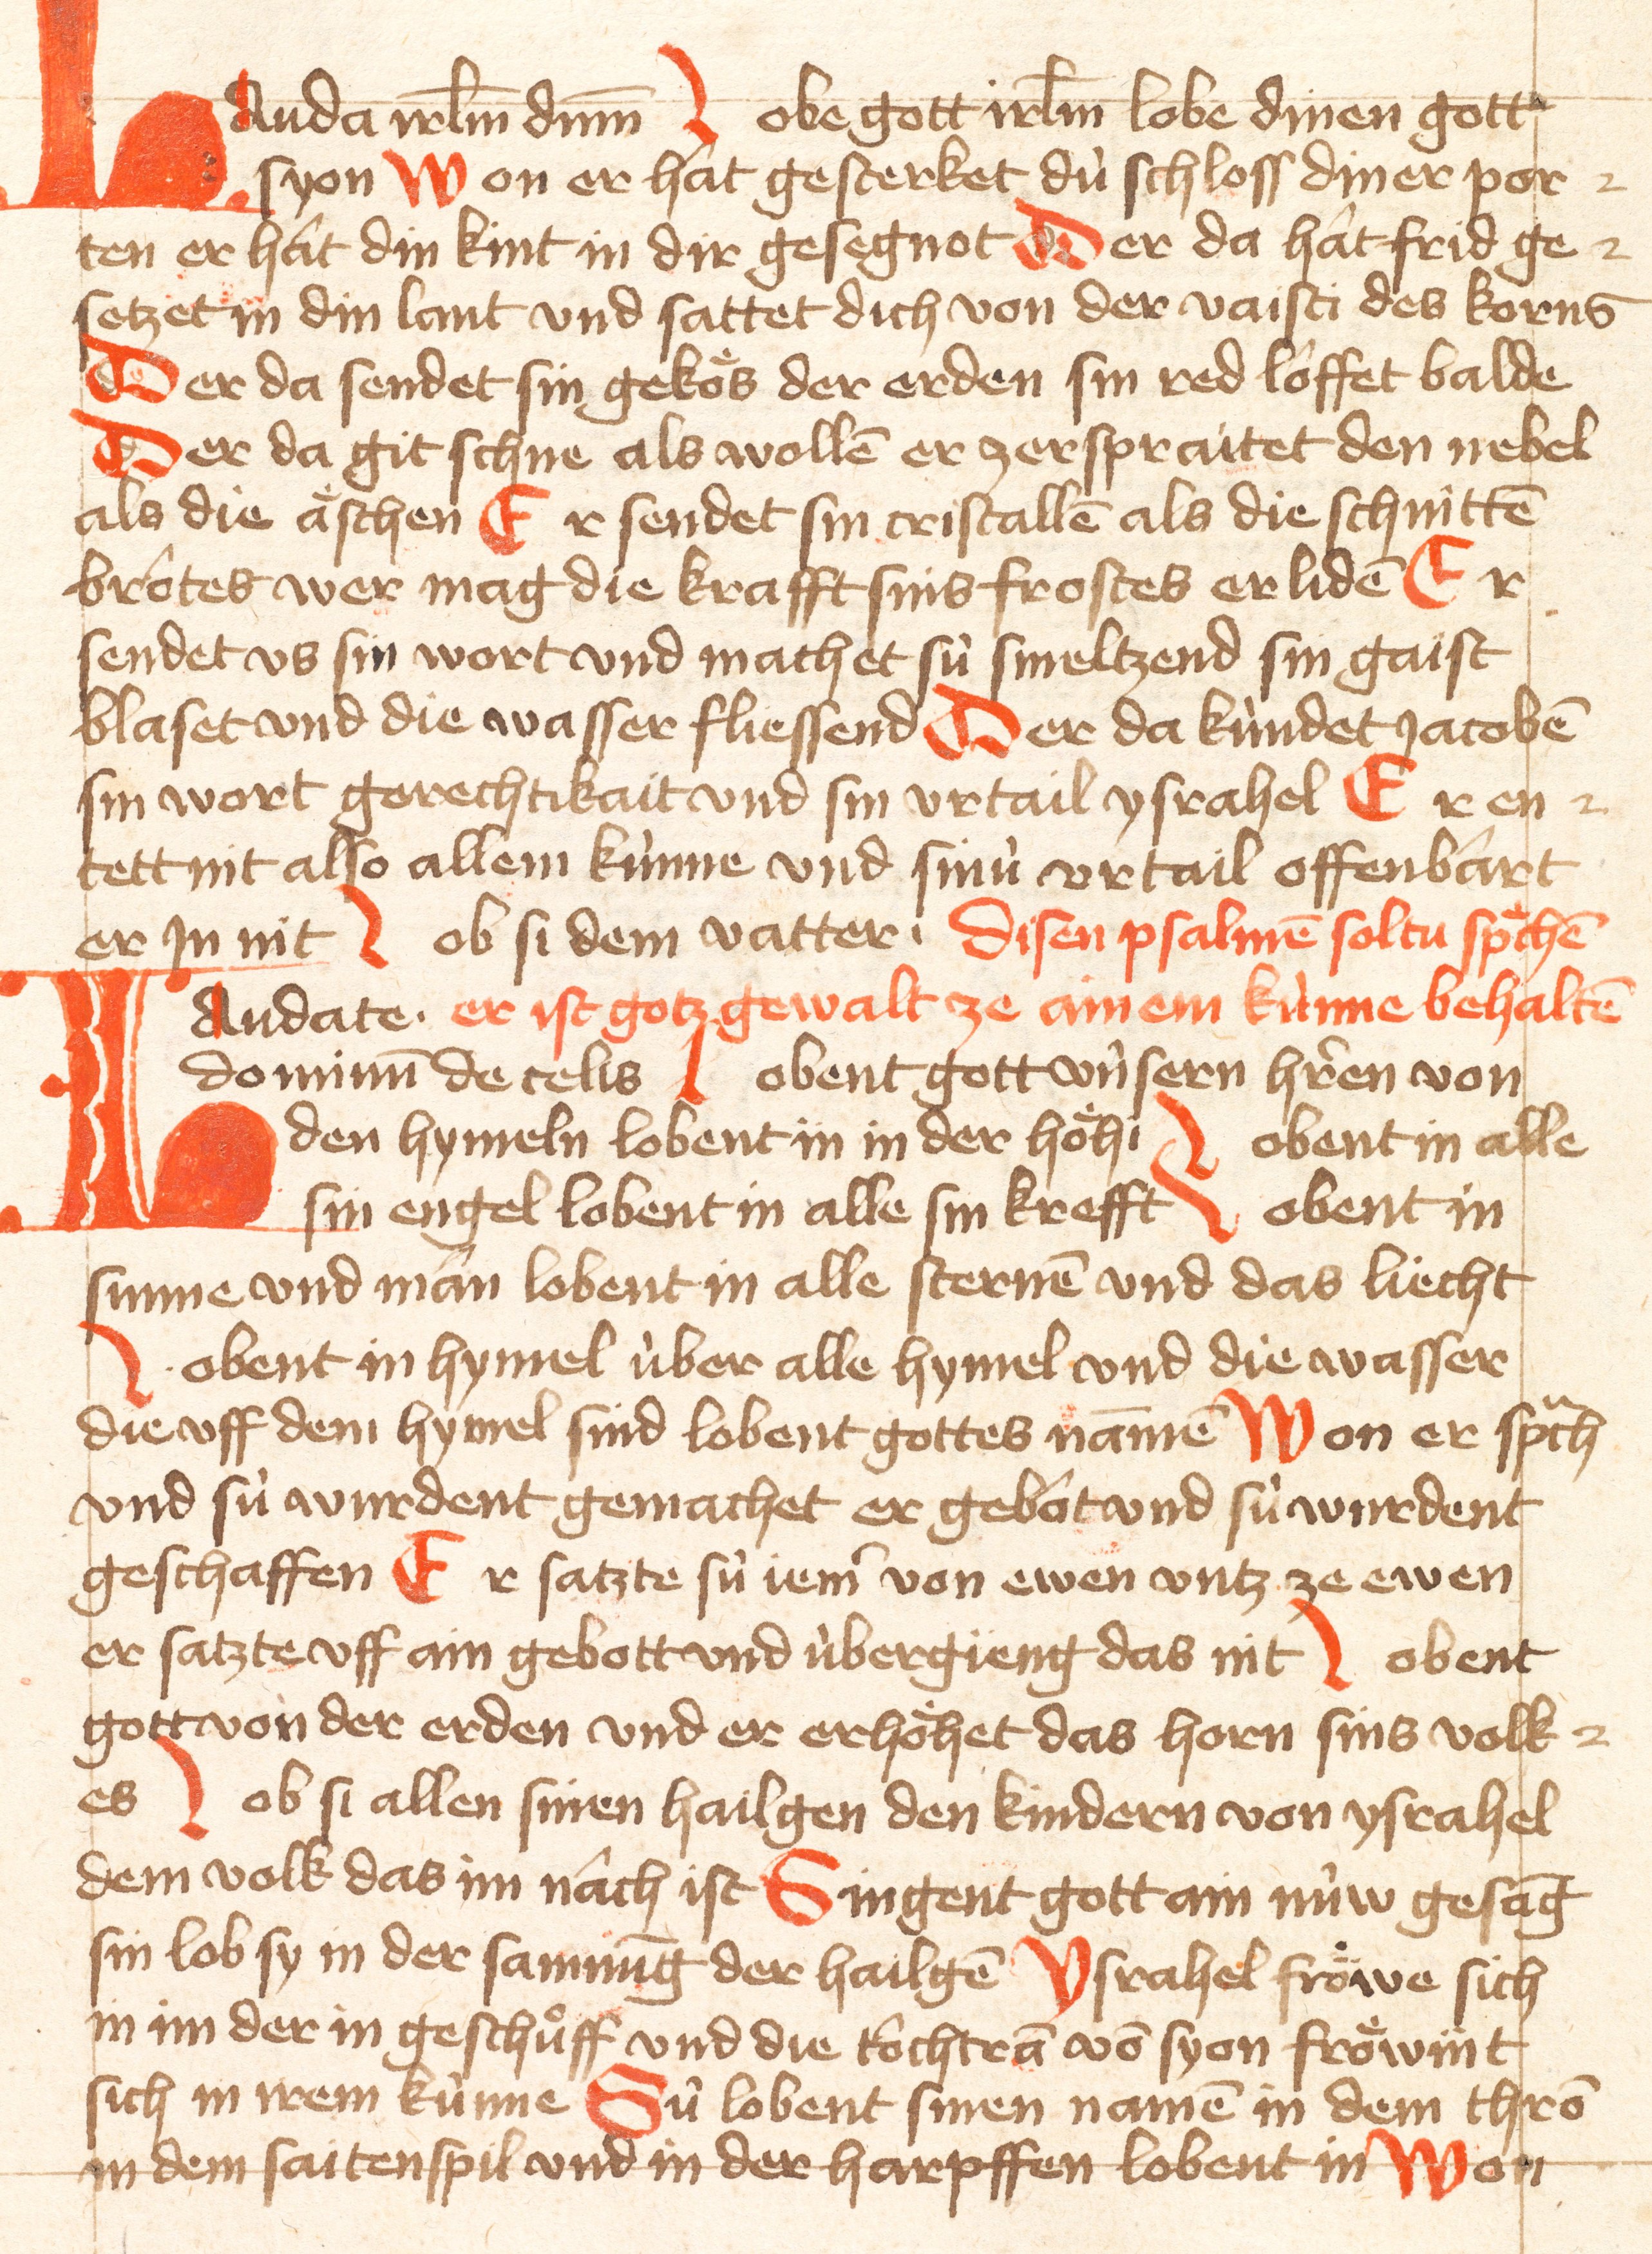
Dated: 1421–1421